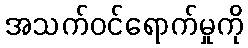
အသက်ဝင်ရောက်မှုကို